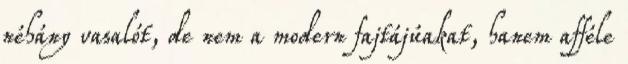
néhány vasalót, de nem a modern fajtájúakat, hanem afféle